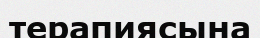
терапиясына